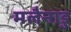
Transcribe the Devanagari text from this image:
मलैनाडु